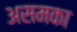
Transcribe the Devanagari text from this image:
असमका